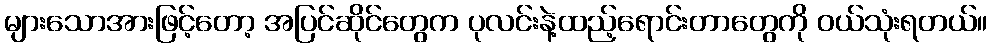
များသောအားဖြင့်တော့ အပြင်ဆိုင်တွေက ပုလင်းနဲ့ထည့်ရောင်းတာတွေကို ဝယ်သုံးရတယ်။